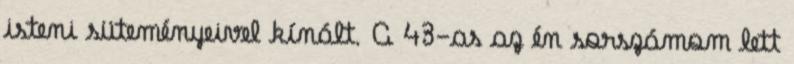
isteni süteményeivel kínált. A 43-as az én sorszámom lett